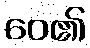
ဝေ၏